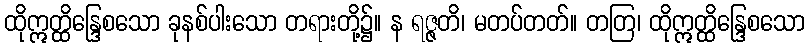
ထိုဣတ္ထိန္ဒြေစသော ခုနစ်ပါးသော တရားတို့၌။ န ရဇ္ဇတိ၊ မတပ်တတ်။ တတြ၊ ထိုဣတ္ထိန္ဒြေစသော